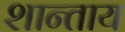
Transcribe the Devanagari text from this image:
शान्ताय